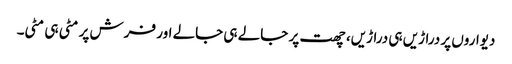
دیواروں پر دراڑیں ہی دراڑیں، چھت پر جالے ہی جالے اور فرش پر مٹی ہی مٹی۔